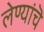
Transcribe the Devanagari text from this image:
लेण्यांचॆ